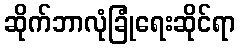
ဆိုက်ဘာလုံခြုံရေးဆိုင်ရာ